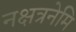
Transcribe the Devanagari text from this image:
नक्षत्रनेमि